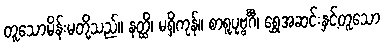
တူသောမိန်းမတို့သည်။ နတ္ထိ၊ မရှိကုန်။ စာရူပုဗ္ဗင်္ဂီ၊ ရွှေအဆင်းနှင့်တူသော